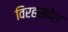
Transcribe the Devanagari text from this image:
विरहसंदेश